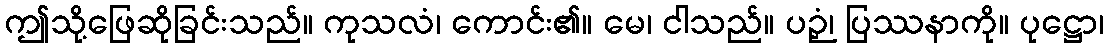
ဤသို့ဖြေဆိုခြင်းသည်။ ကုသလံ၊ ကောင်း၏။ မေ၊ ငါသည်။ ပဉှံ၊ ပြဿနာကို။ ပုဋ္ဌော၊